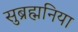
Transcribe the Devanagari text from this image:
सुब्रह्मनिया